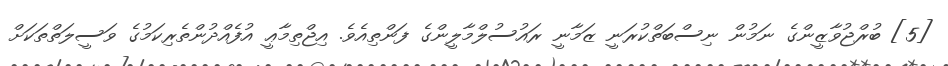
[5] ބުރްޖުވާޒީންގެ ނަމުން ނިސްބަތްކުރަނީ ޒަމާނީ ރައުސުލްމާލީންގެ ފަންތިއެވެ. އިޖްތިމާޢީ އުފެއްދުންތެރިކަމުގެ ވަސީލަތްތަކަށް